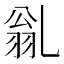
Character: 𠃽